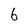
Character: 6